Scientific memoirs by medical officers of the Army of India - Part II,
Year: 1886
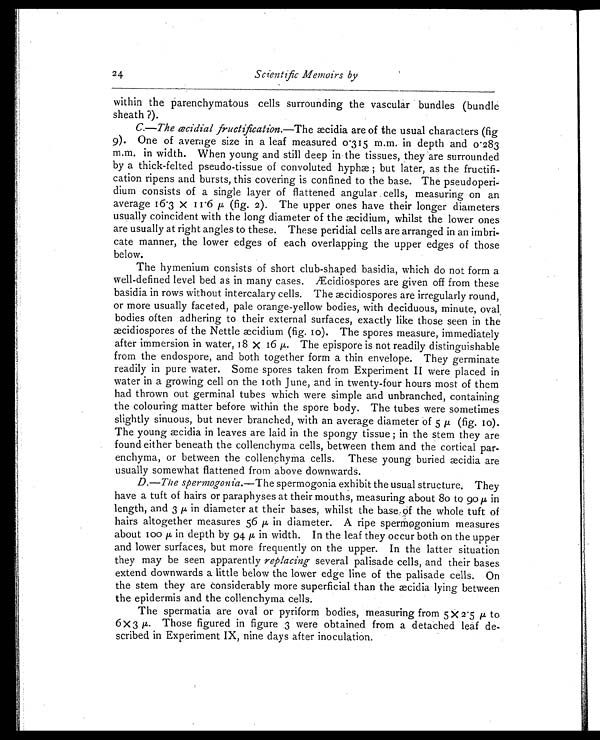
24
Scientific Memoirs by
within the parenchymatous cells surrounding the vascular bundles (bundle
sheath ?).
C.—The æcidial fructification.—The æcidia are of the usual characters (fig
9). One of average size in a leaf measured 0.315 m.m. in depth and 0.283
m.m. in width. When young and still deep in the tissues, they are surrounded
by a thick-felted pseudo-tissue of convoluted hyphæ ; but later, as the fructifi-
cation ripens and bursts, this covering is confined to the base. The pseudoperi-
dium consists of a single layer of flattened angular cells, measuring on an
aver age 16. 3 x 11. 6 µ ( f i g. 2) . The upper ones have t hei r l onger di amet er s
usually coincident with the long diameter of the æcidium, whilst the lower ones
are usually at right angles to these. These peridial cells are arranged in an imbri-
cate manner, the lower edges of each overlapping the upper edges of those
below.
The hymenium consists of short club-shaped basidia, which do not form a
well-defined level bed as in many cases. Æcidiospores are given off from these
basidia in rows without intercalary cells. The æcidiospores are irregularly round,
or more usually faceted, pale orange-yellow bodies, with deciduous, minute, oval
bodies often adhering to their external surfaces, exactly like those seen in the
æcidiospores of the Nettle aecidium (fig. 10). The spores measure, immediately
after immersion in water, 18 x 16 µ. The epispore is not readily distinguishable
from the endospore, and both together form a thin envelope. They germinate
readily in pure water. Some spores taken from Experiment II were placed in
water in a growing cell on the 10th June, and in twenty-four hours most of them
had thrown out germinal tubes which were simple and unbranched, containing
the colouring matter before within the spore body. The tubes were sometimes
slightly sinuous, but never branched, with an average diameter of 5 µ (fig. 10).
The young æcidia in leaves are laid in the spongy tissue ; in the stem they are
found either beneath the collenchyma cells, between them and the cortical par-
enchyma, or between the collenchyma cells. These young buried æcidia are
usually somewhat flattened from above downwards.
D.—The spermogonia. —The spermogonia exhibit the usual structure. They
have a tuft of hairs or paraphyses at their mouths, measuring about 80 to 90 µ in
length, and 3 µ in diameter at their bases, whilst the base of the whole tuft of
hairs altogether measures 56 µ in diameter. A ripe spermogonium measures
about 100 µ in depth by 94 µ in width. In the leaf they occur both on the upper
and lower surfaces, but more frequently on the upper. In the latter situation
they may be seen apparently replacing several palisade cells, and their bases
extend downwards a little below the lower edge line of the palisade cells. On
the stem they are considerably more superficial than the æcidia lying between
the epidermis and the collenchyma cells.
The spermatia are oval or pyriform bodies, measuring from 5 X 2.5 µ to
6 x 3 µ. Those figured in figure .3 were obtained from a detached leaf de-
scribed in Experiment IX, nine days after inoculation.